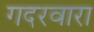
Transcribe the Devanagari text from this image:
गदरवारा